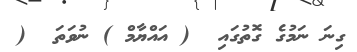
ގިނަ ނަމުގެ ގޮތުގައި  ( އައްޔާމް ) ނުވަތަ  (